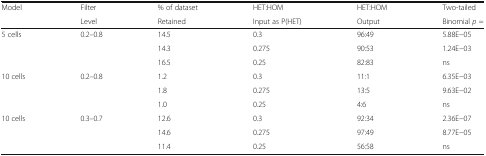
| Model | Filter | % of dataset | HET:HOM | HET:HOM | Two-tailed |
 |  | Level | Retained | Input as P(HET) | Output | Binomial p = |
 | --- | --- | --- | --- | --- | --- |
 | <ROWSPAN=3> 5 cells | <ROWSPAN=3> 0.2–0.8 | 14.5 | 0.3 | 96:49 | 5.88E−05 |
 | 14.3 | 0.275 | 90:53 | 1.24E−03 |
 | 16.5 | 0.25 | 82:83 | ns |
 | <ROWSPAN=3> 10 cells | <ROWSPAN=3> 0.2–0.8 | 1.2 | 0.3 | 11:1 | 6.35E−03 |
 | 1.8 | 0.275 | 13:5 | 9.63E−02 |
 | 1.0 | 0.25 | 4:6 | ns |
 | <ROWSPAN=3> 10 cells | <ROWSPAN=3> 0.3–0.7 | 12.6 | 0.3 | 92:34 | 2.36E−07 |
 | 14.6 | 0.275 | 97:49 | 8.77E−05 |
 | 11.4 | 0.25 | 56:58 | ns |